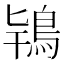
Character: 𮬰